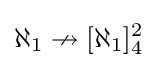
\displaystyle \aleph _{1}\nrightarrow [\aleph _{1}]_{4}^{2}